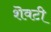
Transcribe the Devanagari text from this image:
शॆवटी